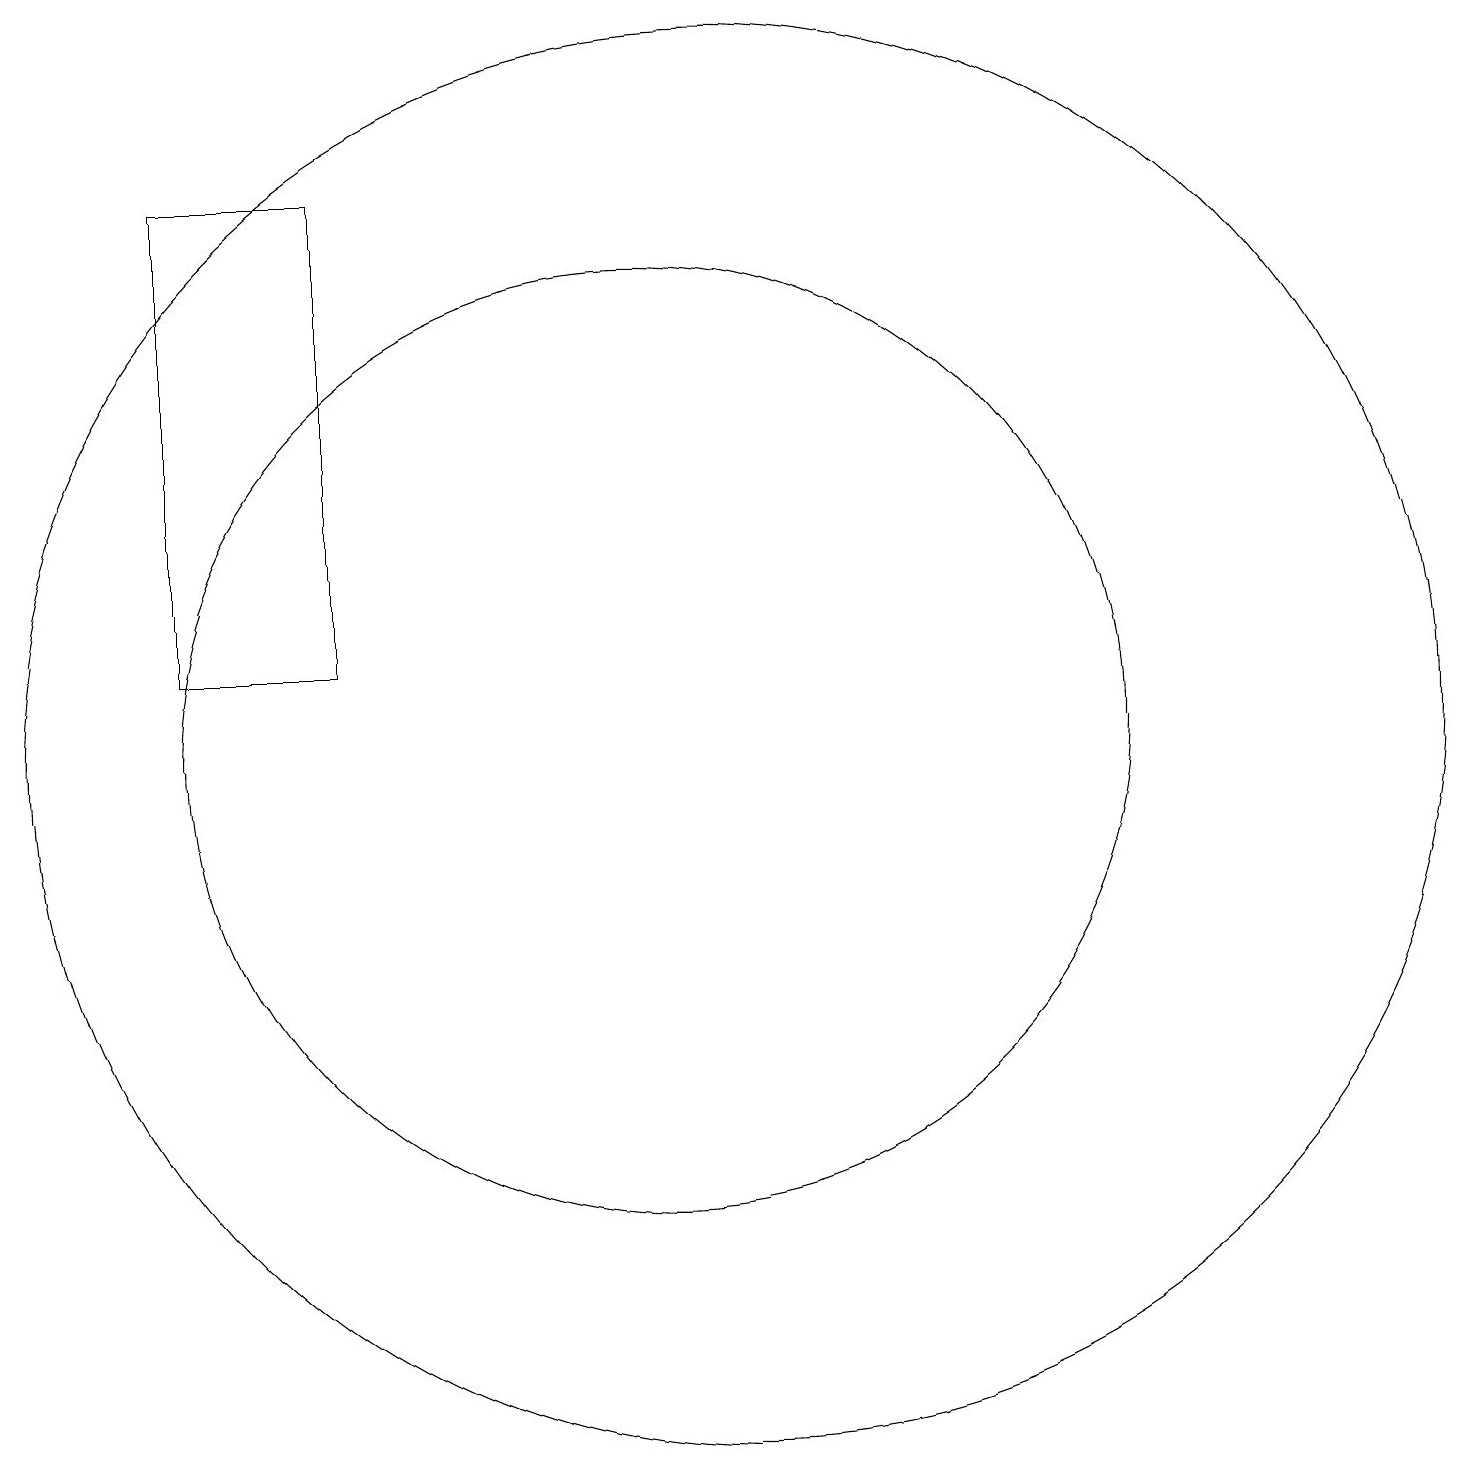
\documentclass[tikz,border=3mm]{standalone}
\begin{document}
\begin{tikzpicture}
\draw (10,11) circle (6);
\draw (11,11) circle (9);
\draw (4,12) rectangle (6,18);
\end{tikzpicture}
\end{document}